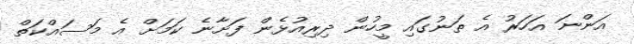
އަންނަ އަހަރު އެ ތަނުގައި މީހުން ދިރިއުޅެން ފަށާނެ ކަމަށް އެ މަސައްކަތް